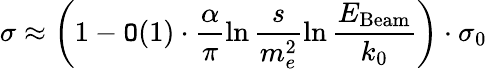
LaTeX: \sigma\approx\left(1-{\cal\mathtt{O}}(1)\cdot\frac{{\alpha}}{{\pi}}\ln\frac{{s}}{{m_{e}^{2}}}\ln\frac{{E_{\mathrm{{Beam}}}}}{{k_{0}}}\right)\cdot\sigma_{0}